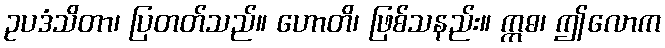
ဥပဒံသိတာ၊ ပြတတ်သည်။ ဟောတိ၊ ဖြစ်သနည်း။ ဣဓ၊ ဤလောက